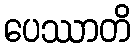
ပေဿာတိ